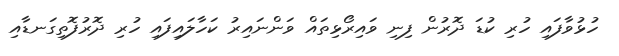
ހުޅުވާފައި ހުރި ކުޑަ ދޮރުން ފިނި ވައިރޯޅިތައް ވަންނައިރު ކަހާލައިފައި ހުރި ދޮރުފޮތިގަނޑާއި